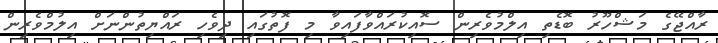
ރާއްޖޭގެ މަޝްހޫރު ބޮޑެތި އިލްމުވެރިން ސޮއިކުރައްވާފައިވާ މި ފޮތުގައި ދިވެހި ރައްޔިތުންނަށް އިލުމްވެރިން